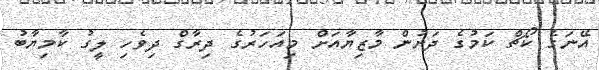
އޭނަގެ ކޯޗް ކަމުގެ ދަށުން މާޒިޔާއަށް މިއަހަރުގެ ދިރާގް ދިވެހި ލީގު ކާމިޔާބު